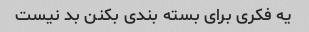
یه فکری برای بسته بندی بکنن بد نیست